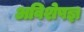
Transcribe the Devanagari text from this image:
अविशेषज्ञ